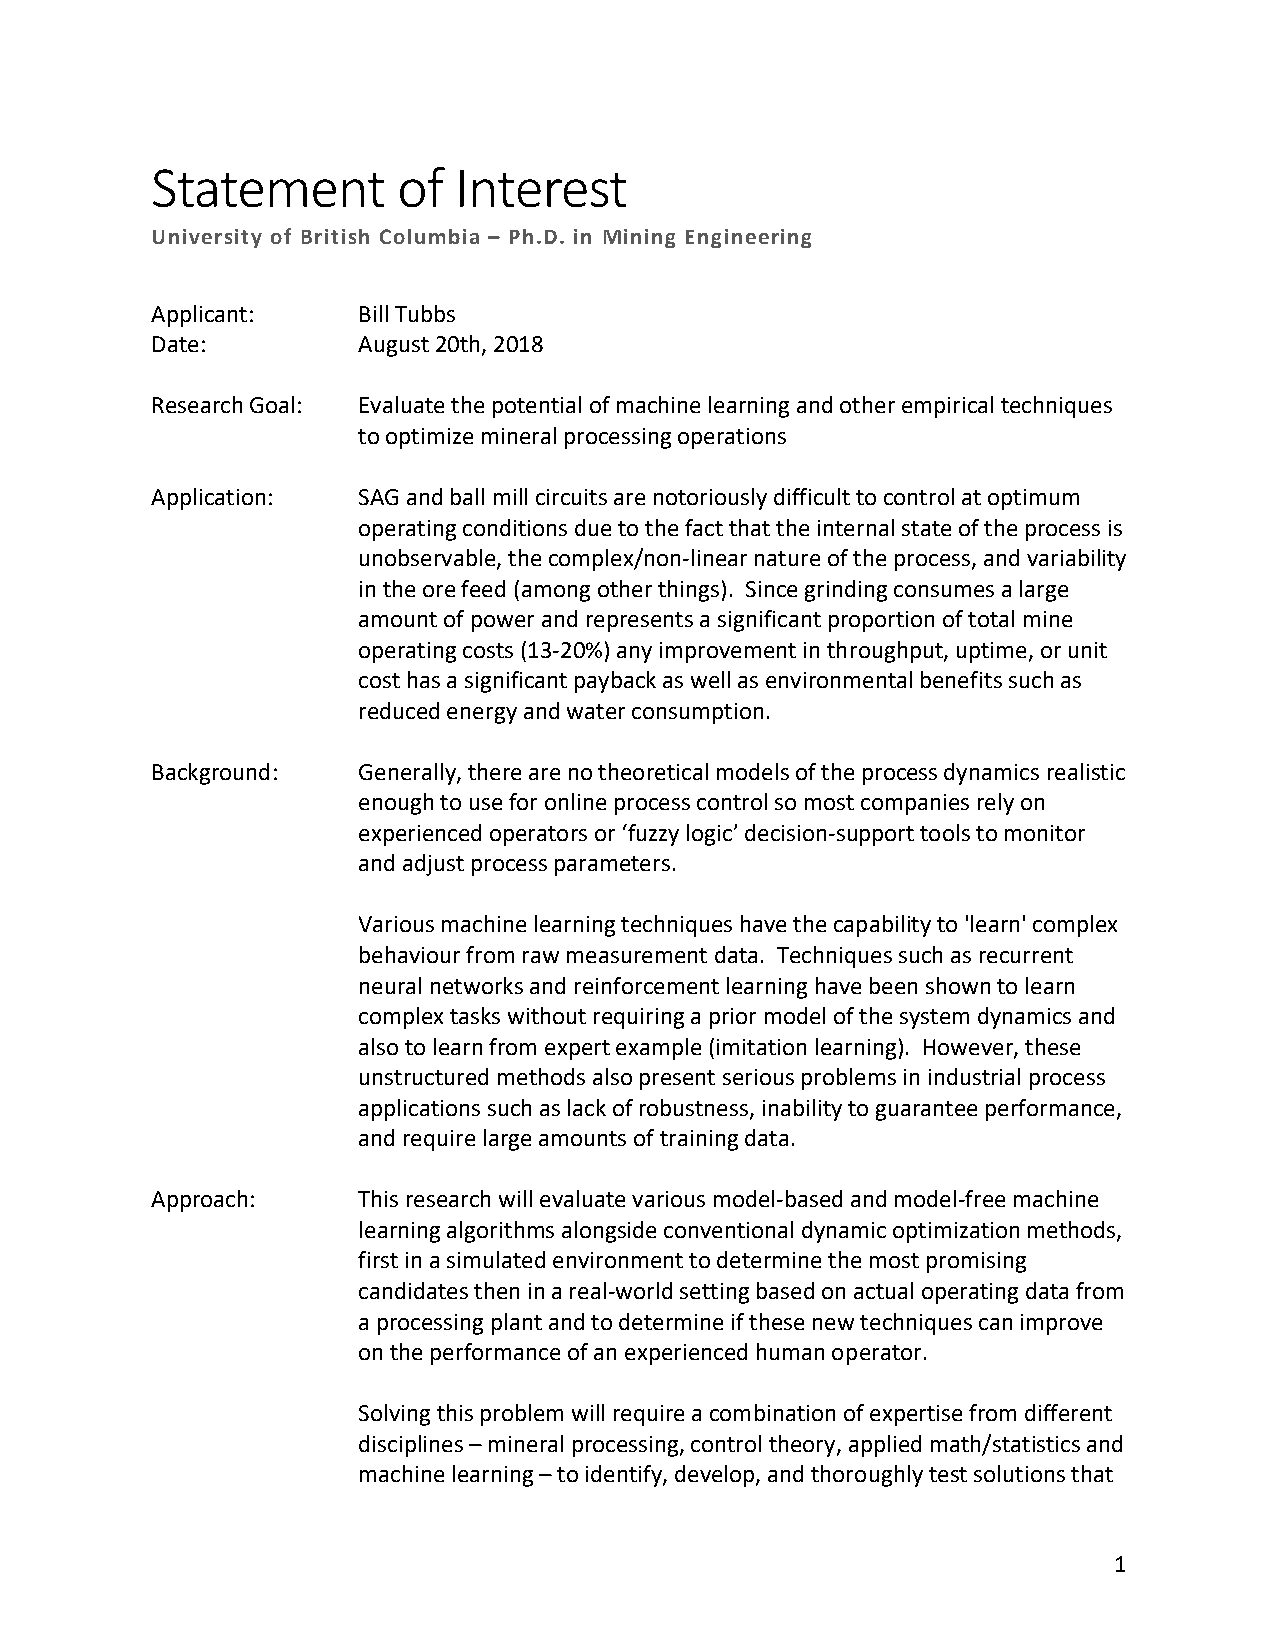
Statement       of  Interest
 University of British Columbia – Ph.D. in Mining Engineering
 Applicant:    Bill Tubbs
 Date:         August 20th, 2018
 Research Goal: Evaluate the potential of machine learning and other empirical techniques
 to optimize mineral processing operations
 Application:  SAG and ball mill circuits are notoriously difficult to control at optimum
 operating conditions due to the fact that the internal state of the process is
 unobservable, the complex/non-linear nature of the process, and variability
 in the ore feed (among other things). Since grinding consumes a large
 amount of power and represents a significant proportion of total mine
 operating costs (13-20%) any improvement in throughput, uptime, or unit
 cost has a significant payback as well as environmental benefits such as
 reduced energy and water consumption.
 Background:   Generally, there are no theoretical models of the process dynamics realistic
 enough to use for online process control so most companies rely on
 experienced operators or ‘fuzzy logic’ decision-support tools to monitor
 and adjust process parameters.
 Various machine learning techniques have the capability to 'learn' complex
 behaviour from raw measurement data. Techniques such as recurrent
 neural networks and reinforcement learning have been shown to learn
 complex tasks without requiring a prior model of the system dynamics and
 also to learn from expert example (imitation learning). However, these
 unstructured methods also present serious problems in industrial process
 applications such as lack of robustness, inability to guarantee performance,
 and require large amounts of training data.
 Approach:     This research will evaluate various model-based and model-free machine
 learning algorithms alongside conventional dynamic optimization methods,
 first in a simulated environment to determine the most promising
 candidates then in a real-world setting based on actual operating data from
 a processing plant and to determine if these new techniques can improve
 on the performance of an experienced human operator.
 Solving this problem will require a combination of expertise from different
 disciplines – mineral processing, control theory, applied math/statistics and
 machine learning – to identify, develop, and thoroughly test solutions that
 1